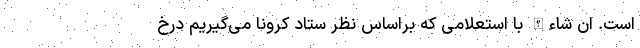
است. ان شاءالله با استعلامی که براساس نظر ستاد کرونا می‌گیریم درخ